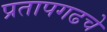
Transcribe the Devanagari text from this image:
प्रतापगढचे